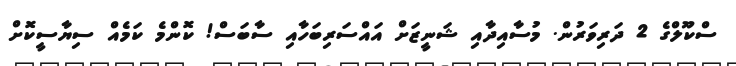
ސްކޫލްގެ 2 ދަރިވަރުން. މުސާއިދާއި ޝަނީޒަށް އައްސަރިބަހާއި ސާބަސް! ކޮންމެ ކަމެއް ސިޔާސީކޮށް